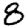
Digit: 8